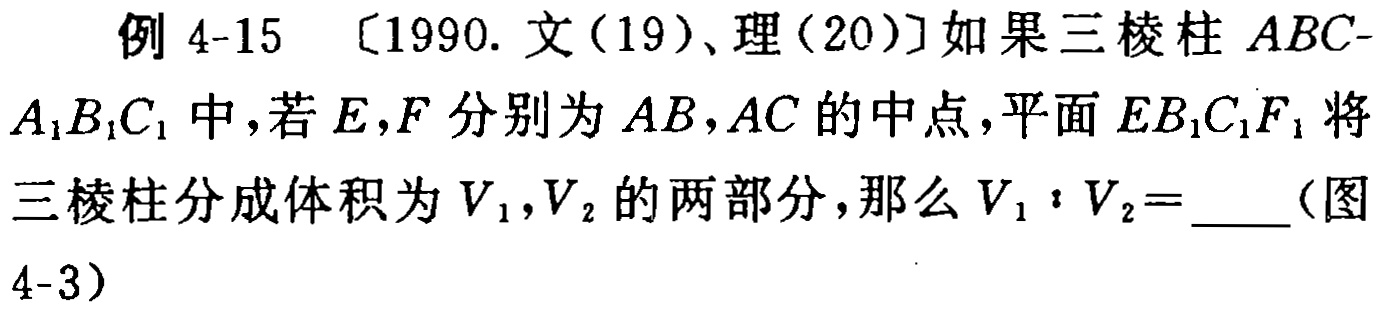
例 4-15 〔1990. 文(19)、理(20)〕如果三棱柱 \(ABC - A_{1}B_{1}C_{1}\) 中，若 \(E,F\) 分别为 \(AB,AC\) 的中点，平面 \(EB_{1}C_{1}F\) 将三棱柱分成体积为 \(V_{1},V_{2}\) 的两部分，那么 \(V_{1}:V_{2}=\)  （图 4-3）